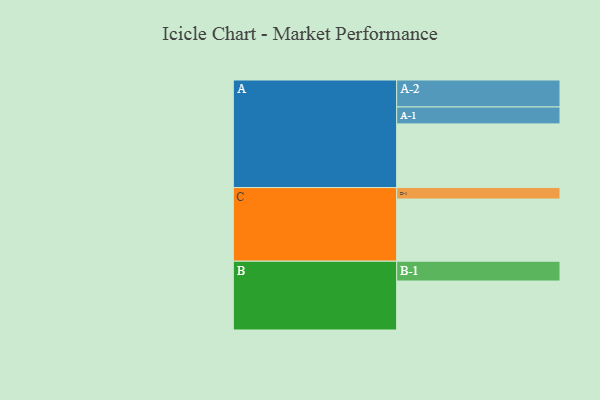
{"axis": {"x": "Segment", "y": "Value"}, "legend": ["", "A", "B", "C"], "data": [{"x": "A", "y": 550, "type": ""}, {"x": "B", "y": 423, "type": ""}, {"x": "C", "y": 537, "type": ""}, {"x": "A-1", "y": 146, "type": "A"}, {"x": "A-2", "y": 233, "type": "A"}, {"x": "B-1", "y": 171, "type": "B"}, {"x": "C-1", "y": 99, "type": "C"}]}